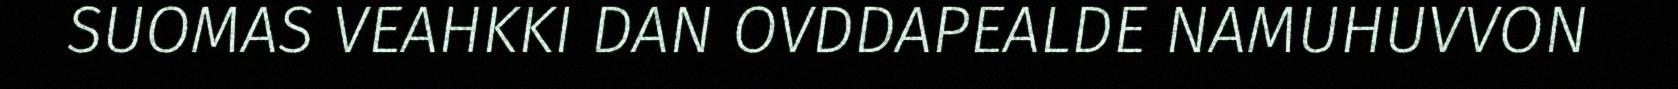
SUOMAS VEAHKKI DAN OVDDAPEALDE NAMUHUVVON